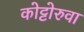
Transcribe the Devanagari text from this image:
कोट्टोरुवा